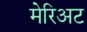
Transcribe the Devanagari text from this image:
मेरिअट